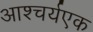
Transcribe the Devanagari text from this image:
आश्चर्यएक